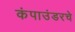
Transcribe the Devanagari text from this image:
कंपाउंडरचे